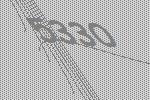
5330